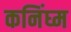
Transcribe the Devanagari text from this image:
कनिंघ्म